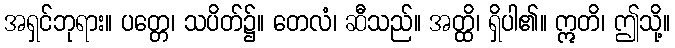
အရှင်ဘုရား။ ပတ္တေ၊ သပိတ်၌။ တေလံ၊ ဆီသည်။ အတ္ထိ၊ ရှိပါ၏။ ဣတိ၊ ဤသို့။